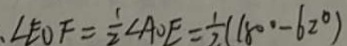
\angle E O F = \frac { 1 } { 2 } \angle A O E = \frac { 1 } { 2 } ( 1 8 0 ^ { \circ } - 6 2 ^ { \circ } )